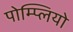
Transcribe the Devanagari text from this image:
पोम्प्लियो